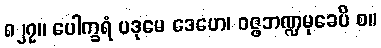
၈၂၇။ ပေါက္ခရံ ပဒုမေ ဒေဟေ၊ ဝဇ္ဇဘဏ္ဍမုခေပိ စ။